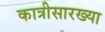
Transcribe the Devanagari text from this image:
कात्रीसारख्या